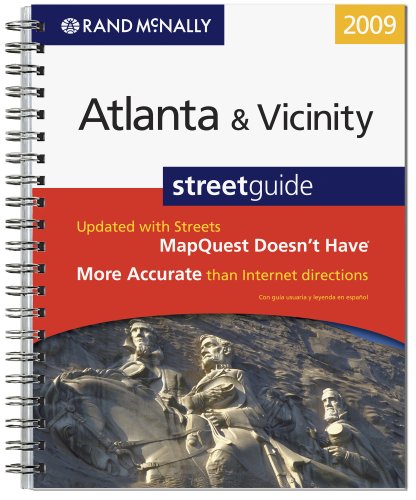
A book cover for Rand McNally Atlanta & Vicinity Street Guide; Rand McNally; Travel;